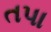
તપા